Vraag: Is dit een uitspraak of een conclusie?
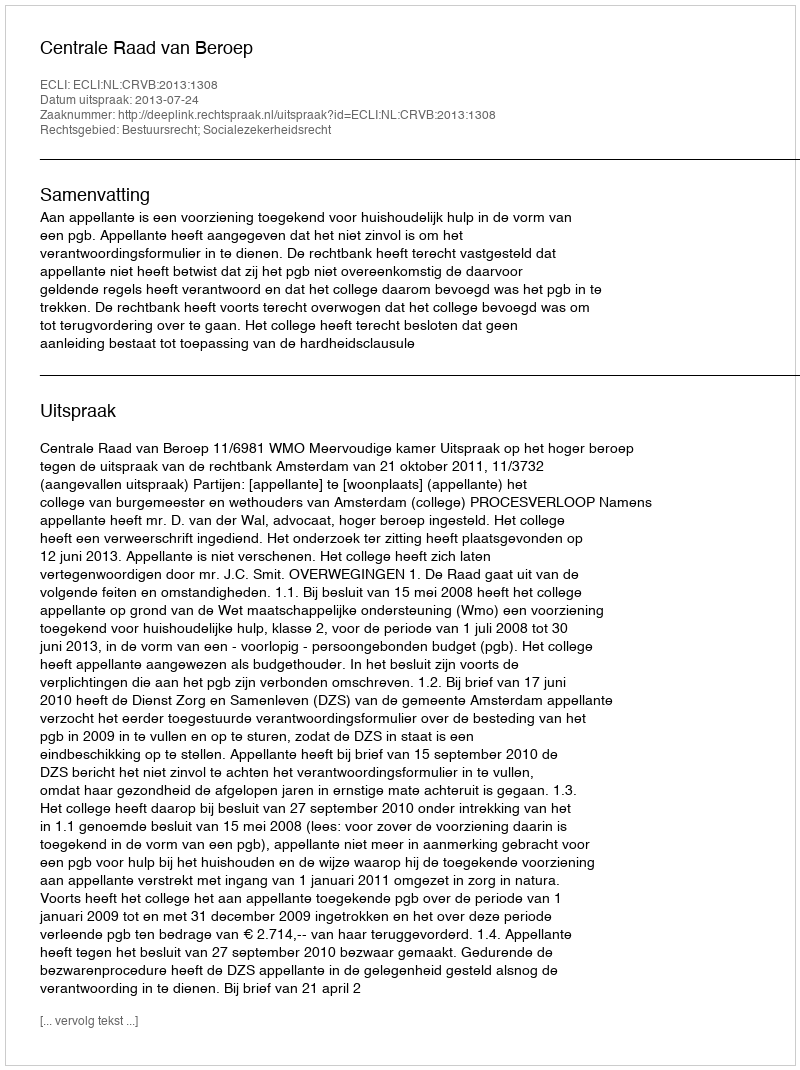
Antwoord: Uitspraak